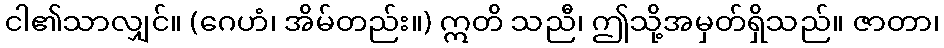
ငါ၏သာလျှင်။ (ဂေဟံ၊ အိမ်တည်း။) ဣတိ သညီ၊ ဤသို့အမှတ်ရှိသည်။ ဇာတာ၊